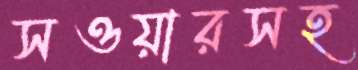
সওয়ারসহ